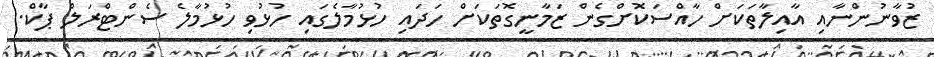
ޒުވާނުންނާއި އާއިލާތަކަށް ހާއްސަކޮށްގެން ޒަމާނީގޮތަކަށް ހަދައި ހުޅުމާލެގައި ހުޅުވި ހުޅުމާލެ ސެންޓްރަލް ޕާކް.